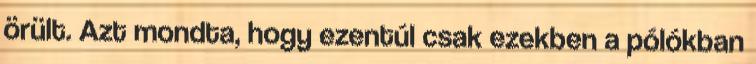
örült. Azt mondta, hogy ezentúl csak ezekben a pólókban